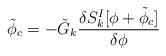
LaTeX: \begin{align*}{\tilde \phi}_c = - {\tilde G}_k {\delta S_k^I[\phi+{\tilde \phi_c}] \over \delta \phi}\end{align*}